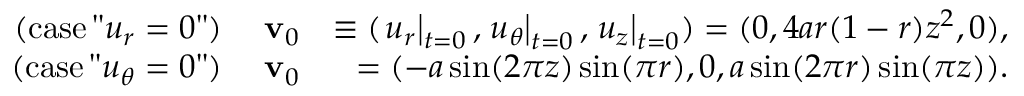
\begin{array} { r l r } { \mathrm { ( c a s e \, " } u _ { r } = 0 \mathrm { " ) } } & { \; \mathbf { v } _ { 0 } } & { \equiv ( \left. u _ { r } \right| _ { t = 0 } , \left. u _ { \theta } \right| _ { t = 0 } , \left. u _ { z } \right| _ { t = 0 } ) = ( 0 , 4 a r ( 1 - r ) z ^ { 2 } , 0 ) , } \\ { \mathrm { ( c a s e \, " } u _ { \theta } = 0 \mathrm { " ) } } & { \; \mathbf { v } _ { 0 } } & { = ( - a \sin ( 2 \pi z ) \sin ( \pi r ) , 0 , a \sin ( 2 \pi r ) \sin ( \pi z ) ) . } \end{array}